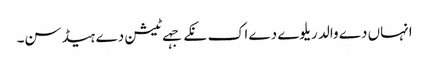
انہاں دے والد ریلوے دے اک نکے جہے ٹیشن دے ہیڈ سن۔